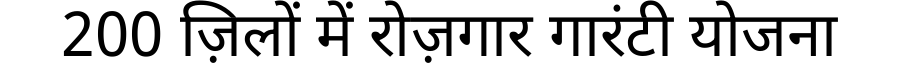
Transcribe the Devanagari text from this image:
200 ज़िलों में रोज़गार गारंटी योजना